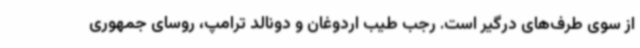
از سوی طرف‌های درگیر است. رجب طیب اردوغان و دونالد ترامپ، روسای جمهوری